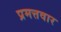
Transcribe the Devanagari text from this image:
प्रमत्तवार